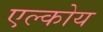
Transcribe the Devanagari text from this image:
एल्कोय